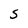
Character: S